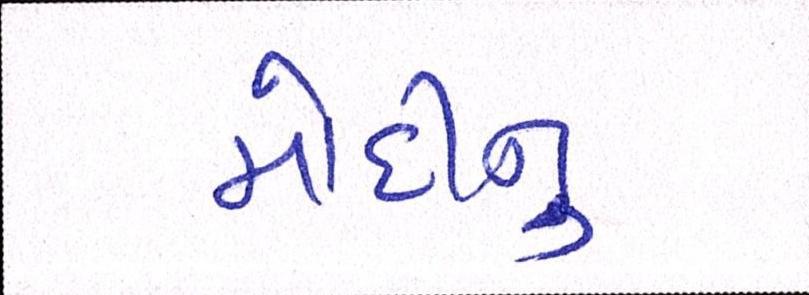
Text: મોદીનુ